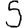
Digit: 5